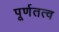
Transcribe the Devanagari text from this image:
पूर्णतत्व